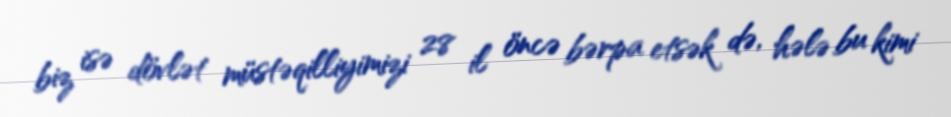
biz isə dövlət müstəqilliyimizi 28 il öncə bərpa etsək də, hələ bu kimi